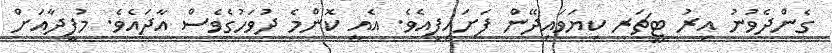
ގެންދެވުނު އިރު ޓީޗަރ ކިޔަވައިދޭން ފަށައިފިއެވެ. އެއީ ކޮންމެ ދުވަހުގެވެސް އާދައެވެ. މުފީދާއަށް